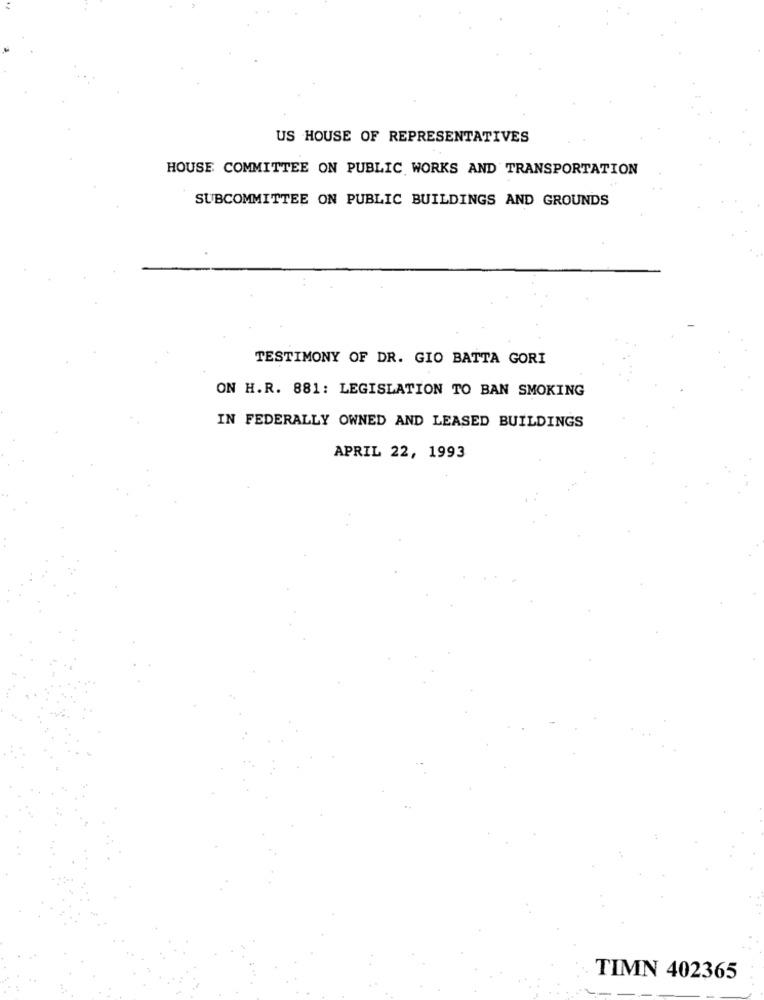
US HOUSE OF REPRESENTATIVES
HOUSE COMMITTEE ON PUBLIC WORKS AND TRANSPORTATION
SUBCOMMITTEE ON PUBLIC BUILDINGS AND GROUNDS
TESTIMONY OF DR. GIO BATTA GORI
ON H.R. 881: LEGISLATION TO BAN SMOKING
IN FEDERALLY OWNED AND LEASED BUILDINGS
APRIL 22, 1993
TIMN 402365